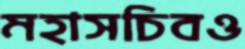
মহাসচিবও